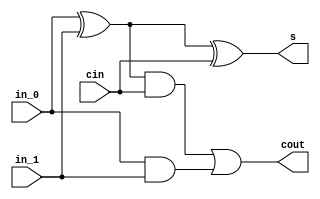
module f_a	(output s, cout, 
			input	in_0, in_1, cin
);

wire	w ;

assign	w = in_0 ^ in_1 ;
assign	s = w ^ cin ;
assign	cout = (w & cin) | (in_0 & in_1) ;

endmodule